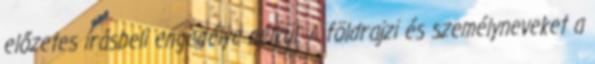
előzetes írásbeli engedélye nélkül. A földrajzi és személyneveket a